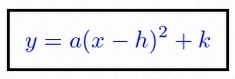
y=a(x-h)^2+k